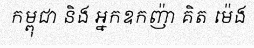
កម្ពុជា និង អ្នកឧកញ៉ា គិត ម៉េង